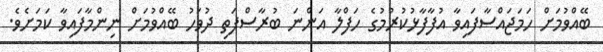
ބޭއްވުމަށް ހަމަޖައްސާފައިވާ އުފާފާޅުކުރުމުގެ ހަފްލާ އަންނަ ބުރާސްފަތި ދުވަހު ބޭއްވުމަށް ނިންމާފައިވާ ކަމަށެވެ.